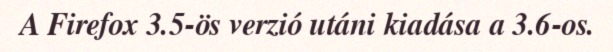
A Firefox 3.5-ös verzió utáni kiadása a 3.6-os.